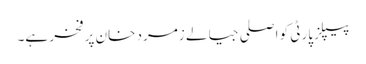
پیپلزپارٹی کو اصلی جیالے زمرد خان پر فخر ہے۔